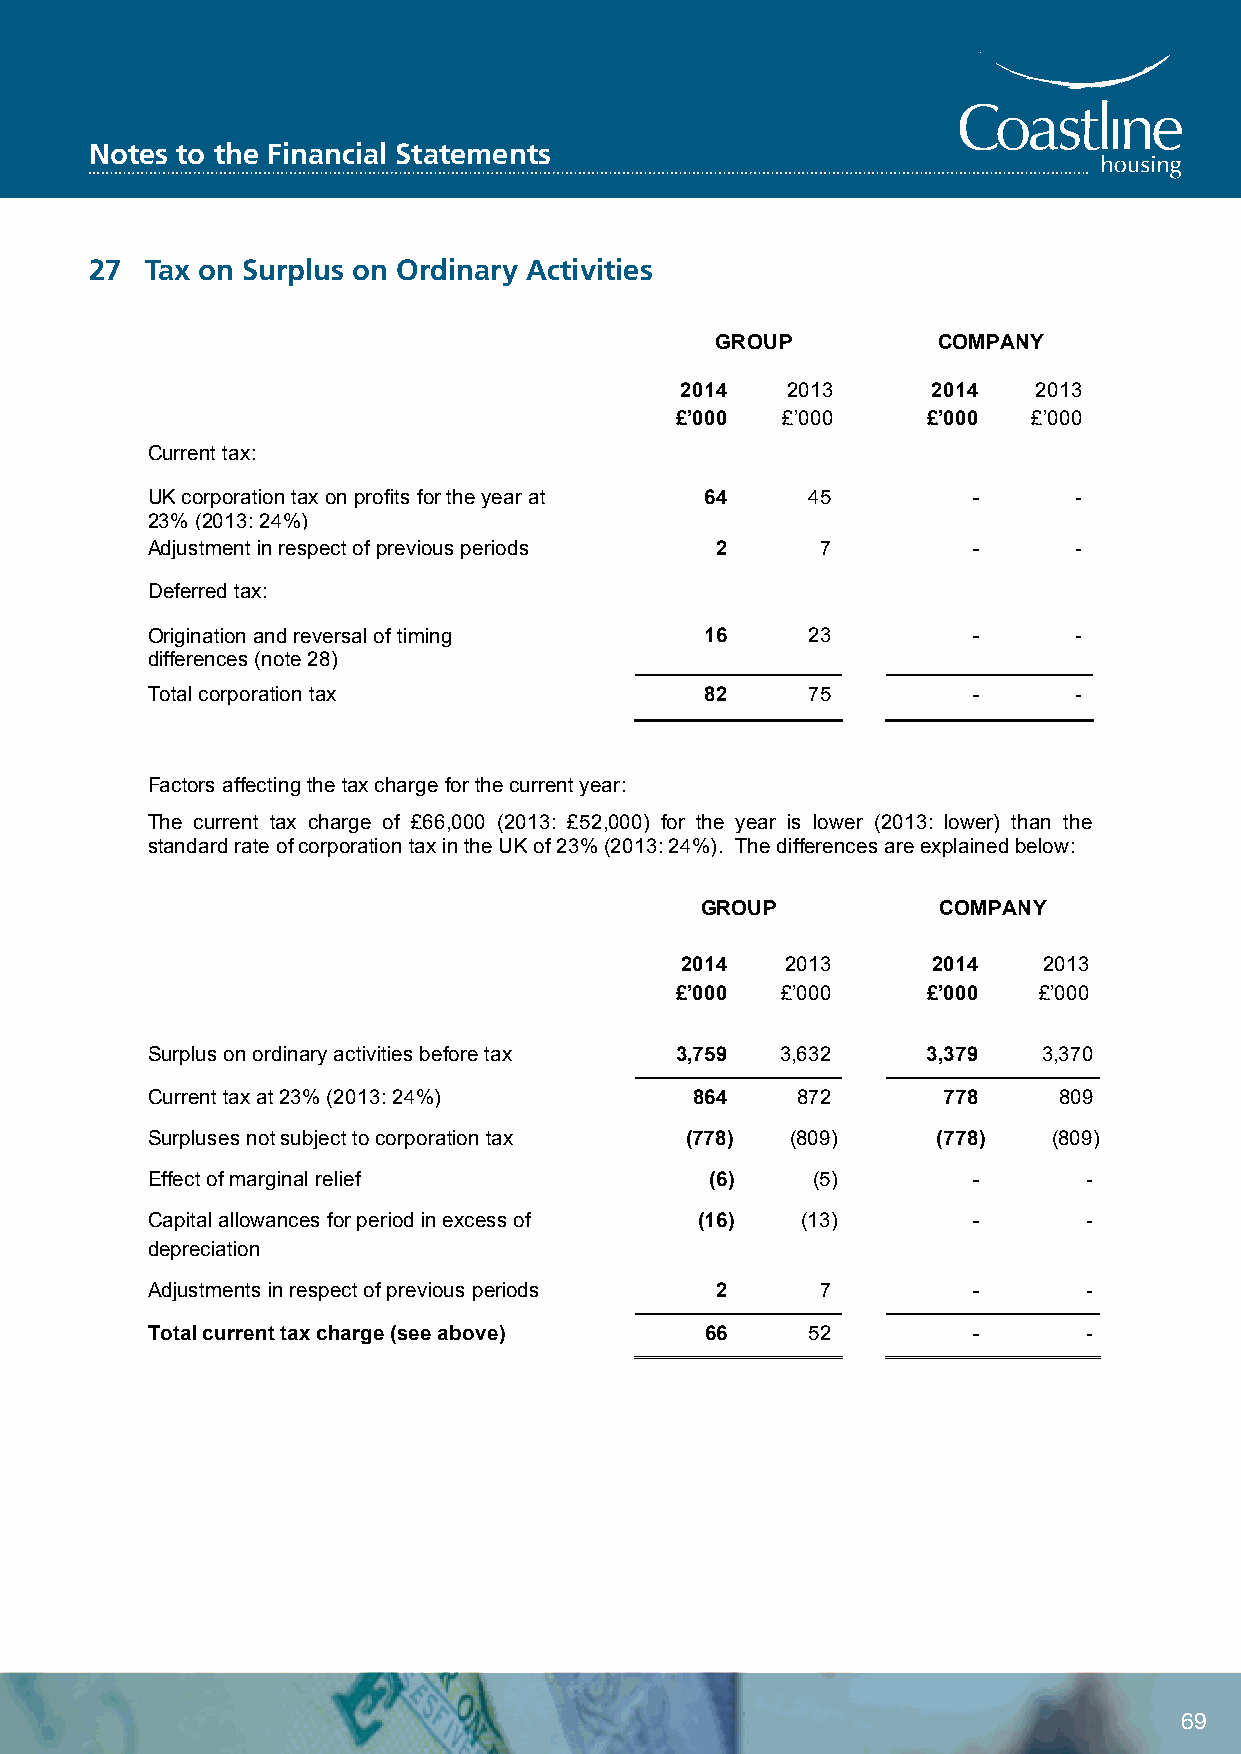
NoteCs otaos tthlien eF iHnaonucsiianlg S tLaimteimteedn ts
 Notes to the Financial Statements
 27  T2a7x oTna xS uornp lSuusr opnlu Os rodnin Oarrdy iAnactriyv iAticetsivities
 GROUP          COMPANY
 2014   2013      2014   2013
 £’000  £’000    £’000  £’000
 Current tax:
 UK corporation tax on profits for the year at 64 45   -      -
 23% (2013: 24%)
 Adjustment in respect of previous periods 2 7         -      -
 Deferred tax:
 Origination and reversal of timing   16    23         -      -
 differences (note 28)
 Total corporation tax                82    75         -      -
 Factors affecting the tax charge for the current year:
 The current tax charge of £66,000 (2013: £52,000) for the year is lower (2013: lower) than the
 standard rate of corporation tax in the UK of 23% (2013: 24%). The differences are explained below:
 GROUP           COMPANY
 2014   2013      2014   2013
 £’000  £’000    £’000   £’000
 Surplus on ordinary activities before tax 3,759 3,632 3,379 3,370
 Current tax at 23% (2013: 24%)      864    872      778     809
 Surpluses not subject to corporation tax (778) (809) (778)  (809)
 Effect of marginal relief            (6)    (5)       -       -
 Capital allowances for period in excess of (16) (13)  -       -
 depreciation
 Adjustments in respect of previous periods 2 7        -       -
 Total current tax charge (see above) 66    52         -       -
 65
 69